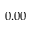
0 . 0 0